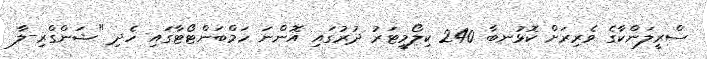
ސްރީލަންކާގެ ވެރިރަށް ކޮޅުނބާ 240 ކިލޯމީޓަރު ދުރުގައި އޮންނަ ހަމްބަންޓޯޓާގައި ހެދި "ޝަންގްރި-ލާ